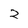
Character: 2